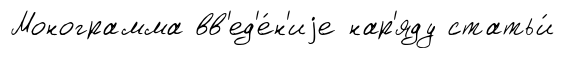
Монограмма вв'ед'е́н'иjе нар'яду статьи́